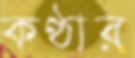
কণ্ঠার